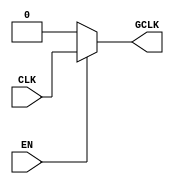
module static_clock_gating (
    input wire CLK,       // Primary clock input
    input wire EN,        // Enable signal
    output wire GCLK      // Gated clock output
);

    // Gating logic: the gated clock follows the primary clock when EN is high
    // and is held low when EN is low.
    assign GCLK = (EN) ? CLK : 1'b0;

endmodule